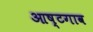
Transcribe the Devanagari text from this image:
आष्टगाव